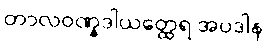
တာလဝဏ္နဒါယတ္ထေရ အပဒါန